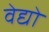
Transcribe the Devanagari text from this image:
वेद्यो